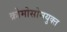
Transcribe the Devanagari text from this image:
क्रोमोसोमयुक्त